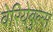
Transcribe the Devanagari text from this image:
वेरियेबुल्स